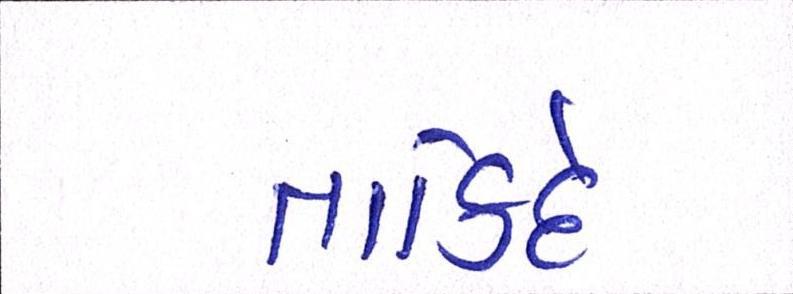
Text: તાકિદે